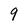
Character: 9